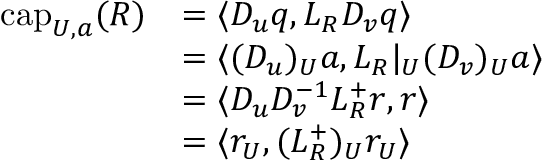
\begin{array} { r l } { \mathrm { c a p } _ { U , a } ( R ) } & { = \langle D _ { u } q , L _ { R } D _ { v } q \rangle } \\ & { = \langle ( D _ { u } ) _ { U } a , L _ { R } | _ { U } ( D _ { v } ) _ { U } a \rangle } \\ & { = \langle D _ { u } D _ { v } ^ { - 1 } L _ { R } ^ { + } r , r \rangle } \\ & { = \langle r _ { U } , ( L _ { R } ^ { + } ) _ { U } r _ { U } \rangle } \end{array}